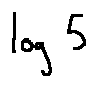
\log 5